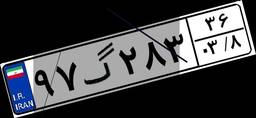
۹۷گ۲۸۳۳۶